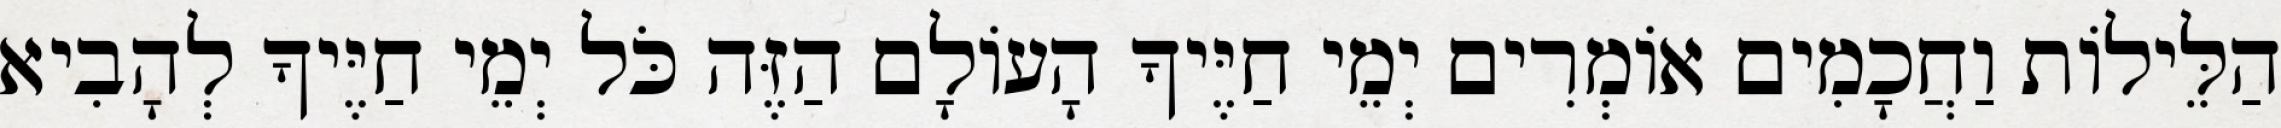
הַלֵּילוֹת וַחֲכָמִים אוֹמְרִים יְמֵי חַיֶּיךָ הָעוֹלָם הַזֶּה כֹּל יְמֵי חַיֶּיךָ לְהָבִיא